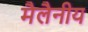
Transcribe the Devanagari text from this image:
मैलैनीय